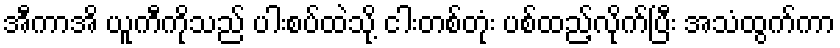
အီကာအိ ယူကီကိုသည် ပါးစပ်ထဲသို့ ငါးတစ်တုံး ပစ်ထည့်လိုက်ပြီး အသံထွက်ကာ